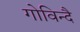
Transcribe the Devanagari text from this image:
गोविन्दै